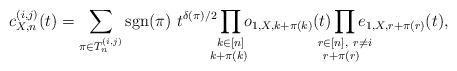
LaTeX: \begin{align*}c_{X,n}^{(i,j)}(t) = \sum_{\pi \in T_n^{(i,j)}} \mathrm{sgn}(\pi) ~ t^{\delta(\pi)/2} \prod_{\mathclap{\substack{k\in [n] \\ k+\pi(k) \; }}} o_{1,X,k+\pi(k)}(t) \prod_{\mathclap{\substack{r \in [n], ~ r\neq i \\ r+\pi(r) \; \; }}} e_{1,X,r+\pi(r)}(t),\end{align*}